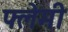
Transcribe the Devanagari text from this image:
फ्लेमी